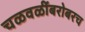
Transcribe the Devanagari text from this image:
चळवळींबरोबरच